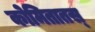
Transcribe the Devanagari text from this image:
कोमितातस्